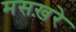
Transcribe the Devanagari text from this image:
मसख़रे